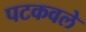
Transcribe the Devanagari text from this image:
पटकवले